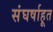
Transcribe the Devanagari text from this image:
संघर्षाहूत